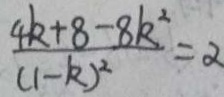
\frac { 4 k + 8 - 8 k ^ { 2 } } { ( 1 - k ) ^ { 2 } } = \alpha